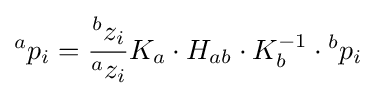
{}^{a}p_{i}={\frac {{}^{b}z_{i}}{{}^{a}z_{i}}}K_{a}\cdot H_{ab}\cdot K_{b}^{-1}\cdot {}^{b}p_{i}